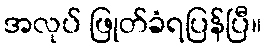
အလုပ် ဖြုတ်ခံရပြန်ပြီ။